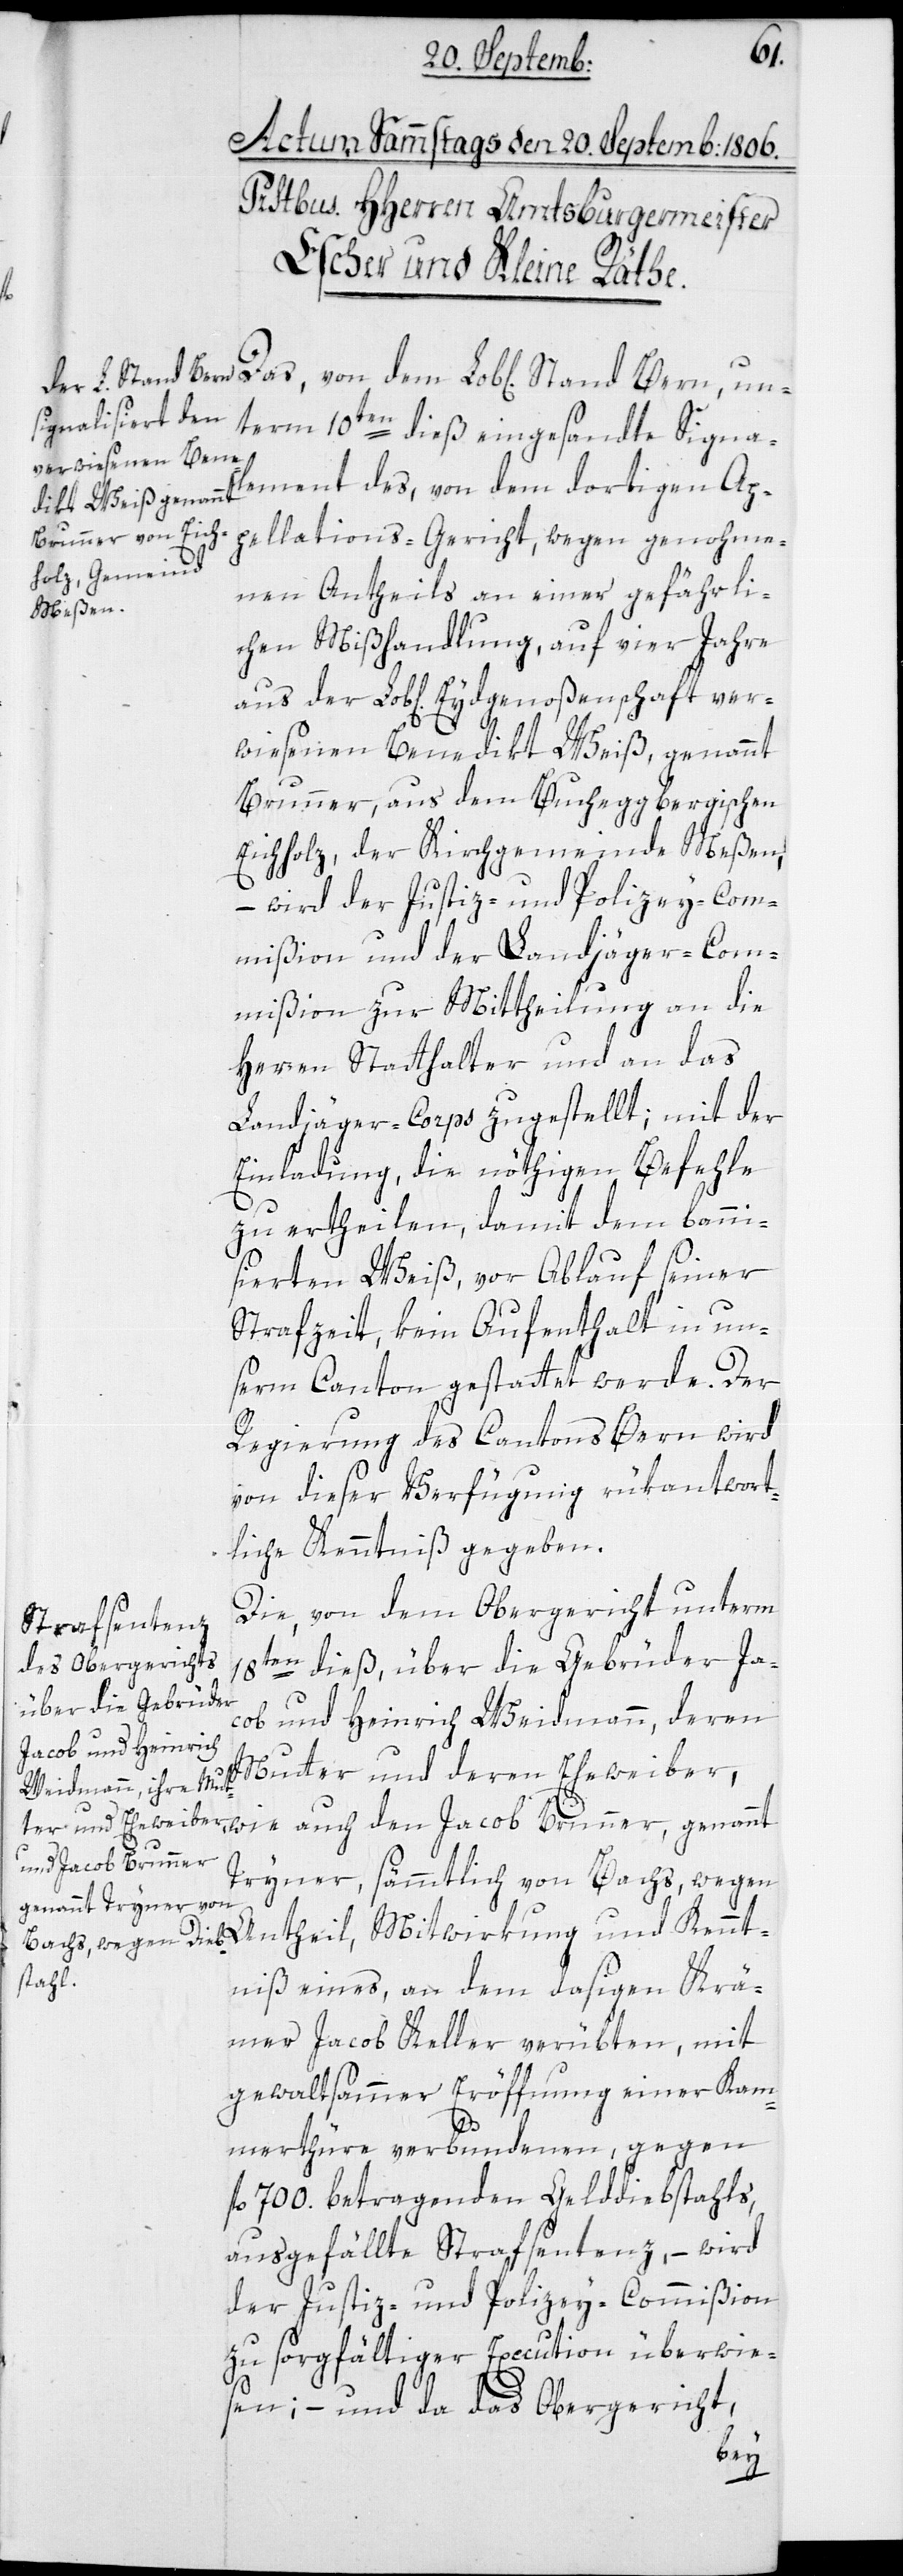
Ant¬
term 10ten dieß eingesandte Signa¬
lement des, von dem dortigen Ap¬
pellations-Gericht, wegen genohme¬
nen Antheils an einer gefährli¬
chen Mißhandlung, auf vier Jahre
wiesenen Benedikt Weiß, genannt
Brunner, aus dem Bucheggbergischen
Eichholz, der Kirchgemeinde Meßen,
– wird der Justiz- und Polizey-Com¬
mißion und der Landjäger-Com¬
mißion zur Mittheilung an die
Herren Statthalter und an das
Landjäger-Corps zugestellt; mit der
Einladung, die nöthigen Befehle
zu ertheilen, damit dem banni¬
sierten Weiß, vor Ablauf seiner
Strafzeit, kein Aufenthalt in un¬
serm Canton gestattet werde. Der
Regierung des Cantons Bern wird
von dieser Verfügung rükantwort¬
liche Kenntniß gegeben.
Die von dem Obergericht unterm
en dieß, über die Gebrüder Ja¬
cob und Heinrich Weidmann, deren
Mutter und deren Eheweiber,
wie auch den Jacob Brunner, genannt
Tryner, sämmtlich von Bachs, wegen
ntniß eines an dem dasigen Krä¬
mer Jacob Keller verübten, mit
gewaltsammer Eröffnung einer Kam¬
aus
merthüre verbundenen, gegen
fl. 700. betragenden Gelddiebstahls,
ausgefällte Strafsentenz, – wird
der Justiz- und Polizey-Commißion
zu sorgfältiger Execution überwie¬
sen; – und da das Obergericht,
Ken¬